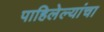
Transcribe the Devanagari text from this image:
पाहिलेल्यांचा